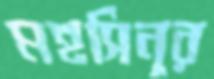
মহসিনুর